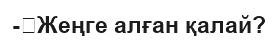
-	Жеңге алған қалай?